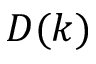
D ( k )